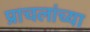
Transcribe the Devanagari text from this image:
प्राचलांच्या